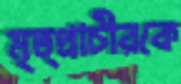
মৃত্প্রাচীরকে